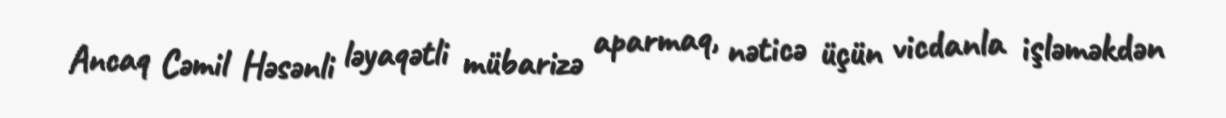
Ancaq Cəmil Həsənli ləyaqətli mübarizə aparmaq, nəticə üçün vicdanla işləməkdən